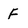
Character: F